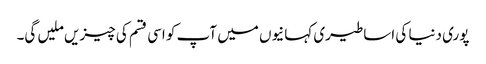
پوری دنیا کی اساطیری کہانیوں میں آپ کو اسی قسم کی چیزیں ملیں گی۔